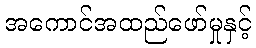
အကောင်အထည်ဖော်မှုနှင့်